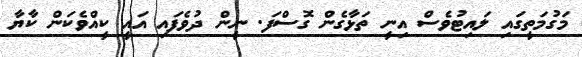
މަގުމަތީގައި ލައިޓުވެސް އިނީ ތަޅާގެން ގޮސްފަ. ނީން ދުވެފައި އައީ ކީއްވެކަން ކާޔާ